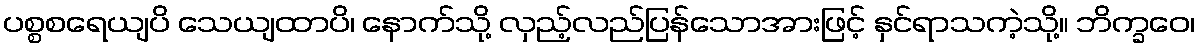
ပစ္စစရေယျပိ သေယျထာပိ၊ နောက်သို့ လှည့်လည်ပြန်သောအားဖြင့် နှင်ရာသကဲ့သို့။ ဘိက္ခဝေ၊